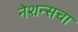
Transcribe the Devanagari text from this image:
नेशन्सचा